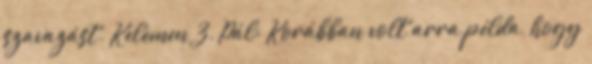
szavazást. Kelemen Z. Pál: Korábban volt arra példa, hogy